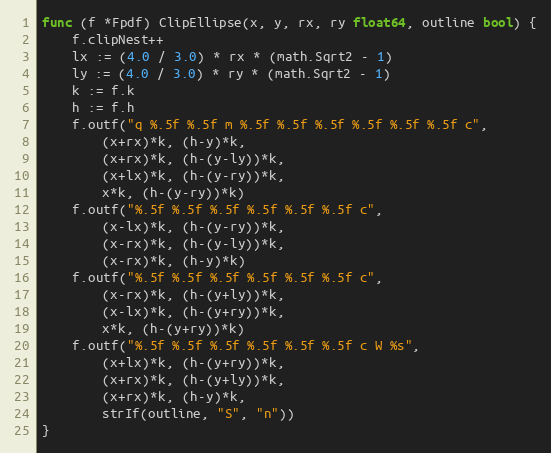
Language: Go
func (f *Fpdf) ClipEllipse(x, y, rx, ry float64, outline bool) {
	f.clipNest++
	lx := (4.0 / 3.0) * rx * (math.Sqrt2 - 1)
	ly := (4.0 / 3.0) * ry * (math.Sqrt2 - 1)
	k := f.k
	h := f.h
	f.outf("q %.5f %.5f m %.5f %.5f %.5f %.5f %.5f %.5f c",
		(x+rx)*k, (h-y)*k,
		(x+rx)*k, (h-(y-ly))*k,
		(x+lx)*k, (h-(y-ry))*k,
		x*k, (h-(y-ry))*k)
	f.outf("%.5f %.5f %.5f %.5f %.5f %.5f c",
		(x-lx)*k, (h-(y-ry))*k,
		(x-rx)*k, (h-(y-ly))*k,
		(x-rx)*k, (h-y)*k)
	f.outf("%.5f %.5f %.5f %.5f %.5f %.5f c",
		(x-rx)*k, (h-(y+ly))*k,
		(x-lx)*k, (h-(y+ry))*k,
		x*k, (h-(y+ry))*k)
	f.outf("%.5f %.5f %.5f %.5f %.5f %.5f c W %s",
		(x+lx)*k, (h-(y+ry))*k,
		(x+rx)*k, (h-(y+ly))*k,
		(x+rx)*k, (h-y)*k,
		strIf(outline, "S", "n"))
}